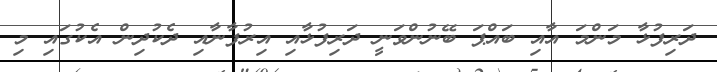
ދަރިފުޅާ މަންމަ އާއި ބައްޕަ ބޭނުންވަނީ ދަރިފުޅާއި އިރުފާނާއި ދެކުދިން އެކުގައި މި